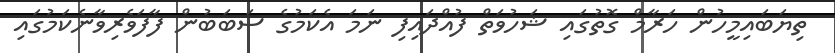
ތިޔަބައިމީހުން ހަރާމް ގޮތުގައި ޝަހުވަތް ފުއްދައިފި ނަމަ އެކަމުގެ ސަބަބުން ފާފަވެރިވާނެކަމުގައި